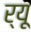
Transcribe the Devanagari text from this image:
र्यू